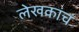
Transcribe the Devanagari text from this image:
लेखकांचं